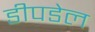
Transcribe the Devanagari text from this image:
डीपडेल